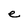
Character: e